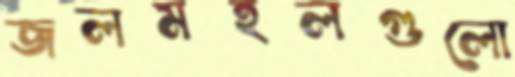
জলমহলগুলো